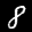
Label: 8